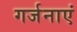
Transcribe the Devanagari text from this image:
गर्जनाएं